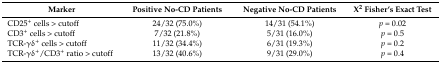
<table><thead><tr><td><b>Marker</b></td><td><b>Positive No-CD Patients</b></td><td><b>Negative No-CD Patients</b></td><td><b>Χ<sup>2</sup> Fisher’s Exact Test</b></td></tr></thead><tbody><tr><td>CD25<sup>+</sup> cells &gt; cutoff</td><td>24/32 (75.0%)</td><td>14/31 (54.1%)</td><td><i>p</i> = 0.02</td></tr><tr><td>CD3<sup>+</sup> cells &gt; cutoff</td><td>7/32 (21.8%)</td><td>5/31 (16.0%)</td><td><i>p</i> = 0.5</td></tr><tr><td>TCR-γδ<sup>+</sup> cells &gt; cutoff</td><td>11/32 (34.4%)</td><td>6/31 (19.3%)</td><td><i>p</i> = 0.2</td></tr><tr><td>TCR-γδ<sup>+</sup>/CD3<sup>+</sup> ratio &gt; cutoff</td><td>13/32 (40.6%)</td><td>9/31 (29.0%)</td><td><i>p</i> = 0.4</td></tr></tbody></table>